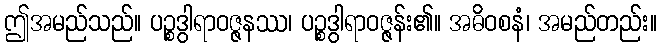
ဤအမည်သည်။ ပဉ္စဒွါရာဝဇ္ဇနဿ၊ ပဉ္စဒွါရာဝဇ္ဇန်း၏။ အဓိဝစနံ၊ အမည်တည်း။